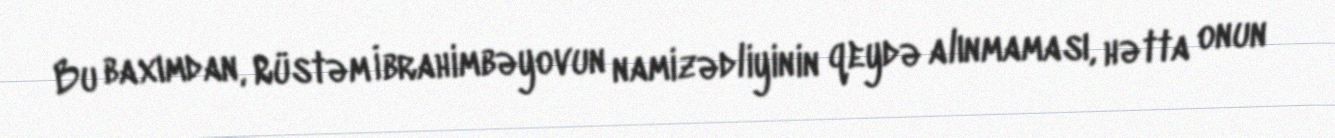
Bu baxımdan, Rüstəm İbrahimbəyovun namizədliyinin qeydə alınmaması, hətta onun